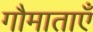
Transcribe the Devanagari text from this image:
गौमाताएँ